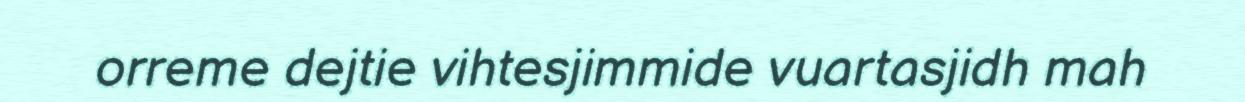
orreme dejtie vihtesjimmide vuartasjidh mah